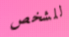
للشخص